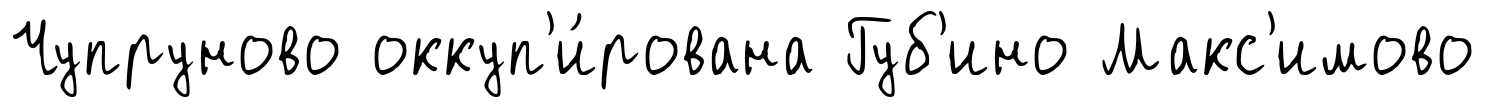
Чупруново оккуп'и́рована Губ'ино Макс'имово